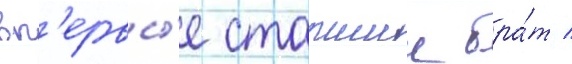
вп'ервы́е старшии бра́т /